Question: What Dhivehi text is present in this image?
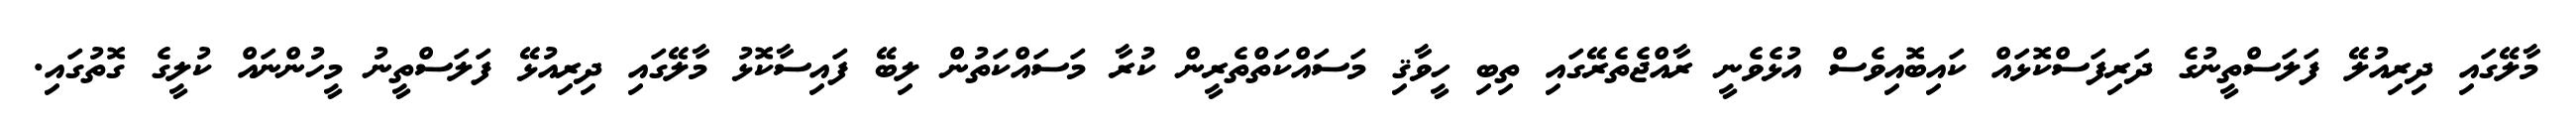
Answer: މާލޭގައި ދިރިއުލޭ ފަލަސްތީނުގެ ދަރިފަސްކޮޅައް ކައިބޮއިވެސް އުޅެވެނީ ރާއްޖެތެރޭގައި ތިބި ހީވާޤި މަސައްކަތްތެރީން ކުރާ މަސައްކަތުން ލިބޭ ފައިސާކޮޅު މާލޭގައި ދިރިއުޅޭ ފަލަސްތީނު މީހުންނައް ކުލީގެ ގޮތުގައި.